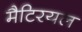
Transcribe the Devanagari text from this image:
मैटिरयल